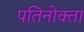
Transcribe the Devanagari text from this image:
पतिनोक्ता